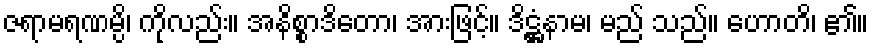
ဇရာမရဏမ္ပိ၊ ကိုလည်း။ အနိစ္စာဒိတော၊ အားဖြင့်။ ဒိဋ္ဌံနာမ၊ မည် သည်။ ဟောတိ၊ ၏။